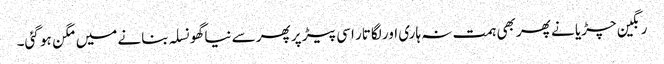
رنگین چڑیا نے پھر بھی ہمت نہ ہاری اور لگاتار اسی پیڑ پر پھر سے نیا گھونسلہ بنانے میں مگن ہو گئی۔